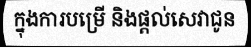
ក្នុងការបម្រើ និងផ្តល់សេវាជូន